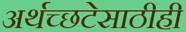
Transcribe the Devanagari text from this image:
अर्थच्छटेसाठीही